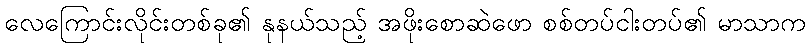
လေကြောင်းလိုင်းတစ်ခု၏ နုနယ်သည့် အဖိုးစောဆဲဖော စစ်တပ်ငါးတပ်၏ မာသာက